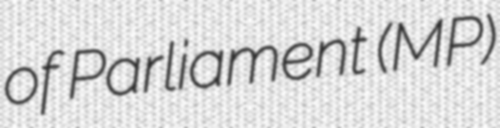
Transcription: of Parliament (MP)